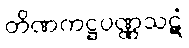
တိဏကဋ္ဌပဏ္ဏသဋံ